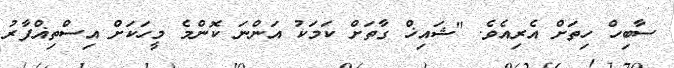
ސާބިހް ހިތަށް އެރިއެވެ. "ޝައިޚް ގާތަށް ކަމަކު އަންނަ ކޮންމެ މީހަކަށް އިސްތިޣްފާރު